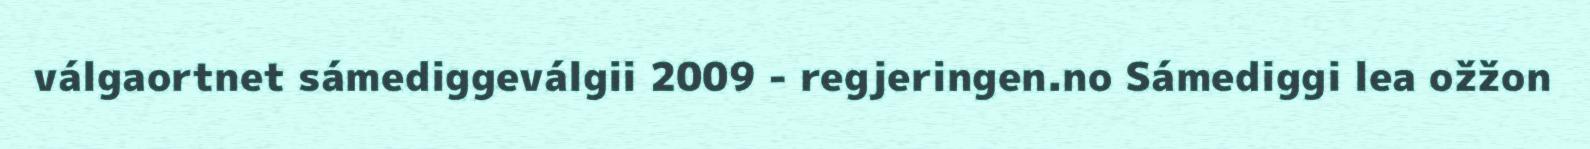
válgaortnet sámediggeválgii 2009 - regjeringen.no Sámediggi lea ožžon